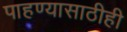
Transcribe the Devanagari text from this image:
पाहण्यासाठीही